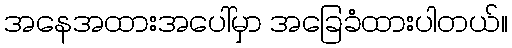
အနေအထားအပေါ်မှာ အခြေခံထားပါတယ်။